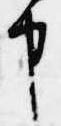
申